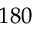
1 8 0